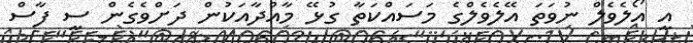
އީ އޯލެވެލް ނުވަތަ އޭލެވެލްގެ މަސައްކަތާ ގުޅޭ މާއްދާއަކުން ދަށްވެގެން ސީ ފާސް